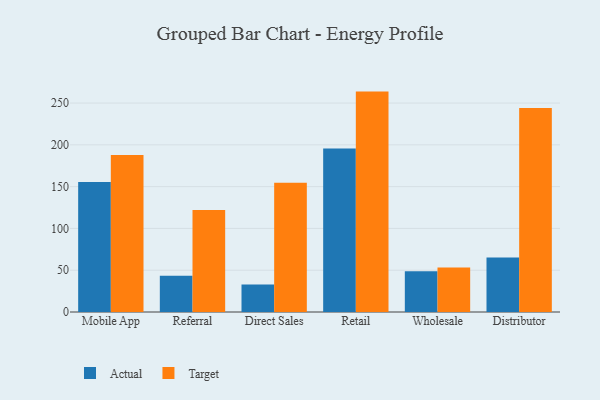
{"axis": {"x": "Channel", "y": "Net Income (USD K)"}, "legend": ["Actual", "Target"], "data": [{"x": "Mobile App", "y": 155.4, "type": "Actual"}, {"x": "Mobile App", "y": 187.7, "type": "Target"}, {"x": "Referral", "y": 43.5, "type": "Actual"}, {"x": "Referral", "y": 122.0, "type": "Target"}, {"x": "Direct Sales", "y": 32.9, "type": "Actual"}, {"x": "Direct Sales", "y": 154.5, "type": "Target"}, {"x": "Retail", "y": 195.7, "type": "Actual"}, {"x": "Retail", "y": 263.7, "type": "Target"}, {"x": "Wholesale", "y": 48.8, "type": "Actual"}, {"x": "Wholesale", "y": 53.2, "type": "Target"}, {"x": "Distributor", "y": 65.3, "type": "Actual"}, {"x": "Distributor", "y": 244.1, "type": "Target"}]}